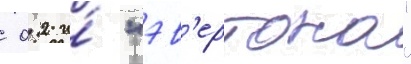
 0:2 и́ "эв'ертона"